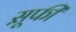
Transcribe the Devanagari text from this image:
स़ूफी